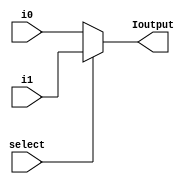
module mux_21 (i0, i1, select ,Ioutput);
input [4:0] i0,i1;
input select;
output [4:0] Ioutput;
assign Ioutput = select ? i1 :i0;
endmodule